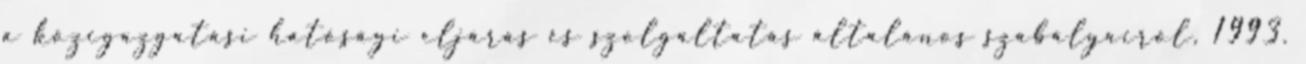
a közigazgatási hatósági eljárás és szolgáltatás általános szabályairól, 1993.